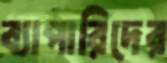
ব্যাপারিদের